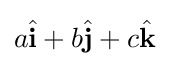
a{\hat {\mathbf {i} }}+b{\hat {\mathbf {j} }}+c{\hat {\mathbf {k} }}